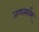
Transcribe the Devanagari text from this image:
जगत्सर्वम्